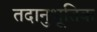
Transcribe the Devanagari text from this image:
तदानुभूतिक